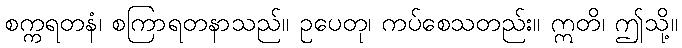
စက္ကရတနံ၊ စကြာရတနာသည်။ ဥပေတု၊ ကပ်စေသတည်း။ ဣတိ၊ ဤသို့။